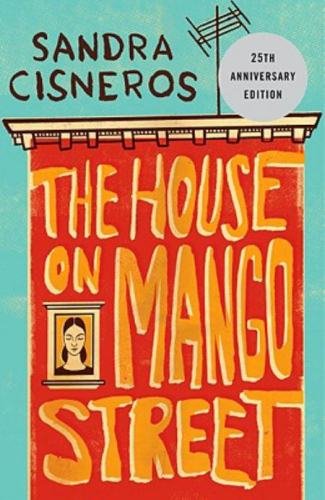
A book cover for The House on Mango Street; Sandra Cisneros; Literature & Fiction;